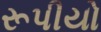
રૂપીયો